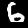
Label: 6